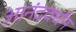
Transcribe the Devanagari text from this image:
आनंदवर्धंन